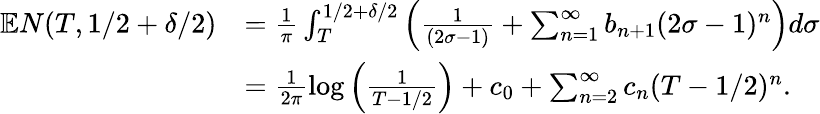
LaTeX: \begin{array}{rl}{\mathbb{E}N(T,1/2+\delta/2)}&{=\frac{1}{\pi}\int_{T}^{1/2+\delta/2}\left(\frac{1}{(2\sigma-1)}+\sum_{n=1}^{\infty}b_{n+1}(2\sigma-1)^{n}\right)d\sigma}\\ &{=\frac{1}{2\pi}\log\left(\frac{1}{T-1/2}\right)+c_{0}+\sum_{n=2}^{\infty}c_{n}(T-1/2)^{n}.}\end{array}